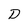
Character: D